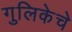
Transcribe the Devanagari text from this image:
गुलिकेचे